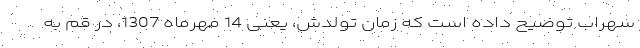
سهراب توضیح داده است که زمان تولدش، یعنی 14 مهرماه 1307، در قم به